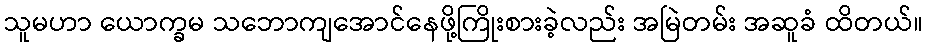
သူမဟာ ယောက္ခမ သဘောကျအောင်နေဖို့ကြိုးစားခဲ့လည်း အမြဲတမ်း အဆူခံ ထိတယ်။